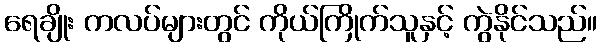
ရေချိုး ကလပ်များတွင် ကိုယ်ကြိုက်သူနှင့် ကွဲနိုင်သည်။